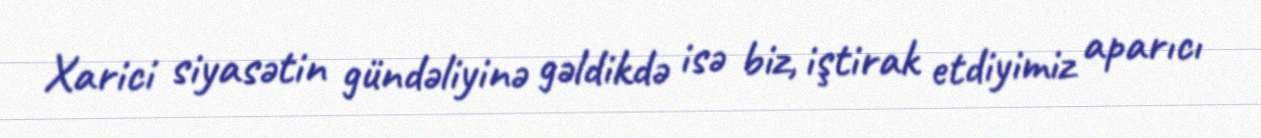
Xarici siyasətin gündəliyinə gəldikdə isə biz, iştirak etdiyimiz aparıcı